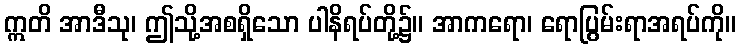
ဣတိ အာဒီသု၊ ဤသို့အစရှိသော ပါနိရပ်တို့၌။ အာကရော၊ ရောပြွမ်းရာအရပ်ကို။